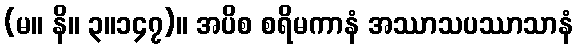
(မ။ နိ။ ၃။၁၄၇)။ အပိစ စရိမကာနံ အဿာသပဿာသာနံ